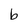
Character: b